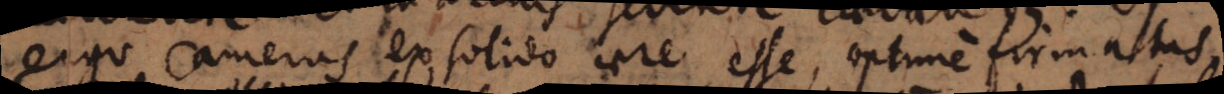
ergo cameras ex solido aere esse, optime firmatas